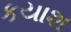
કયાશ